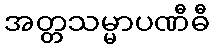
အတ္တသမ္မာပဏီဓီ